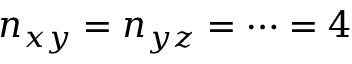
n _ { x y } = n _ { y z } = \cdots = 4